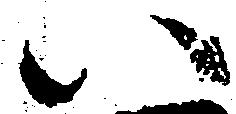
い